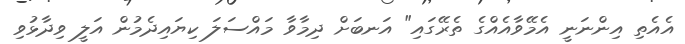
އެއެތި އިންނަނީ އެމޭވާއެއްގެ ތެރޭގައި" އަނބަށް ދިމާވާ މައްސަލަ ކިޔައިދެމުން އަލީ ވިދާޅުވި